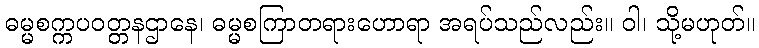
ဓမ္မစက္ကပဝတ္တနဌာနေ၊ ဓမ္မစကြာတရားဟောရာ အရပ်သည်လည်း။ ဝါ၊ သို့မဟုတ်။